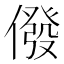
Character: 𠎆